Memorandum on the prevention of leprosy by segregation of the affected
Disease focus: Leprosy
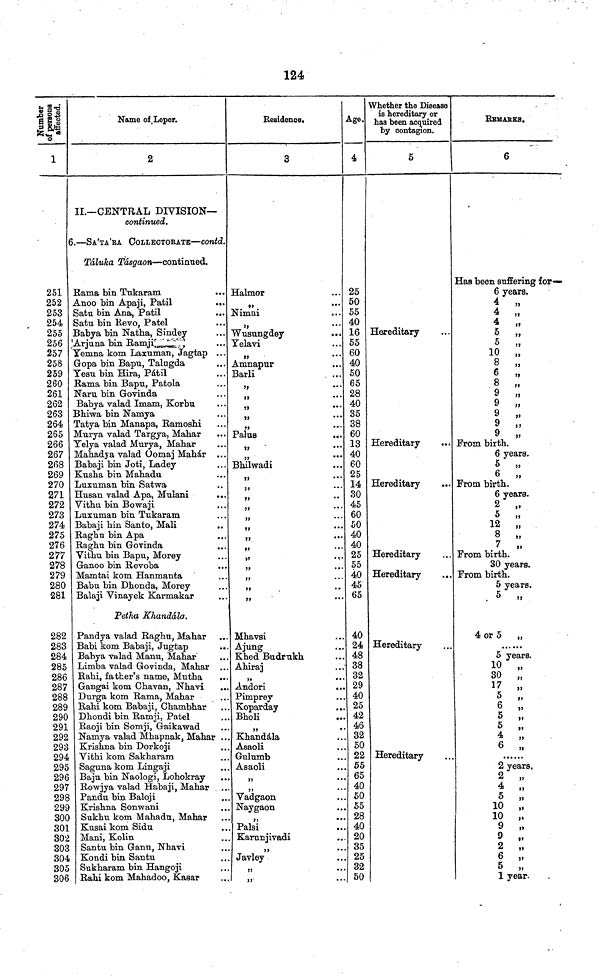
124
1
251
252
253
254
255
256
257
258
259
260
261
262
263
264
265
266
267
268
269
270
271
272
273
274
275
276
277
278
279
280
281
282
283
284
285
286
287
288
289
290
291
292
293
294
295
296
297
298
299
300
301
302
303
304
305
306
Name of Leper.
2
II.—CENTRAL DIVISION—
continued.
6..—SA'TA'RA COLLECTORATE—contd.
Táluka
Tásgaon—continued.
Rama bin Tukaram
Anoo bin Apaji, Patii
...
Satu bin Ana, Patii
Satu bin Revo, Patel
Babya bin Natha, Sindey
'Arjuna bin Ramji
Yemna kom Laxuman, Jagtap ...
Gropa bin Bapu, Talugda
Yesu bin Hira, Patii
Rama bin Bapu, Patola
Naru bin Govinda
Babya valad Imam, Korbu
Bhiwa bin Namya
Tatya bin Manapa, Ramoshi
Murya valad Targya, Mahar
Telya valad Murya, Mahar
Mahadya valad Óomaj Mabár ...
Babaji bin Joti, Ladey
Kusha bin Mahadu
Luxuman bin Satwa
Husan valad Apa, Mulani
...
Vithu bin Bowaji
Luxuman bin Tukaram
Babaji bin Santo, Mali
Raghu bin Apa
Raghu bin Govinda
Vithu bin Bapu, Morey
Ganoo bin Revoba
Mamtai kom Hanmanta
Babu bin Dhonda, Morey
Balaji Vinayek Karmakar
Petha Khandála.
Pandya valad Raghu, Mahar
Babi kom Babaji, Jugtap
Babya valad Manu, Mahar
Limba valad Govinda, Mahar ...
Rahi, father's name, Mutha
Gangai kom Chavan, Nhavi
Durga kom Rama, Mahar
Rahi kom Babaji, Chambhar
Dhondi bin Ramji, Patel
Raoji bin Somji, Gaikavrad
Namya valad Mhapnak, Mahar ...
Krishna bin Dorkoji
Vithi kom Sakharam
Saguna kom Lingaji
Baju bin Naologi, Lohokray
Rowjya valad Habaji, Mahar
Pandu bin Baloji
Krishna Sonwani
Sukhu kom Mahadu, Mahar
Kusai kom Sidu
Mani, Kolin
Santu bin Ganu, Nhavi
Kondi bin Santu
Sukharam bin Hangoji
Rahi kom Mahadoo, Kasar
Residence.
3
Halmor
Nimni
Wusungdey
Telavi
...
Amnapur
Barli
Palus
Bhilwadi
,.
,,
...
Mhavsi
Ajung
Khed Budrukh
Ahiraj
Andori
Pimprey
Koparday
Bholi
»
••
Khandála
Asaoli
Gulumb
Asaoli
Vadgaon
Naygaon
,,
...
Palai
Karunjivadi
Javley
,,
...
Age.
4
25
50
55
40
16
55
60
40
50
65
28
40
35
38
60
13
40
60
25
14
30
45
60
50
40
40
25
55
40
45
65
40
24
48
38
32
29
40
25
42
46
32
50
22
55
65
40
50
55
28
40
20
35
25
32
50
Whether the Disease
is hereditary or
has been acquired
by contagion.
5
Hereditary
Hereditary
Hereditary
Hereditary
Hereditary
Hereditary
Hereditary
REMARKS.
6
Has been suffering for—
6 years.
4
„
4
„
4
„
5
„
5
„
10
„
8
„
6
„
8
„
9
„
9
„
9
„
9
„
9
„
From birth.
6 years.
5
„
6
„
From birth.
6 years.
2
„
5
„
12
„
8
„
7
„
From birth.
30 years.
From birth.
5 years.
5
4 or 5
5 years.
10
„
30
„
17
„
5
„
6
„
5
„
5
„
4
„
6
„
2 years,
2
„
4
„
5
,.
10
„
10
„
9
„
9
,.
2
„
6
„
5
1 year.